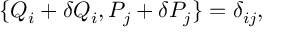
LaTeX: \{ Q _ { i } + \delta Q _ { i } , P _ { j } + \delta P _ { j } \} = \delta _ { i j } ,